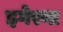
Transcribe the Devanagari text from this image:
इगेरना